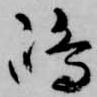
嶋